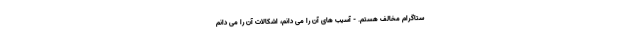
ستاگرام مخالف هستم. - آسیب های آن را می دانم، اشکالات آن را می دانم